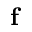
{ \bf f }